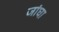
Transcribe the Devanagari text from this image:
जांघा